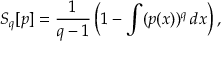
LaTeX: S _ { q } [ p ] = { \frac { 1 } { q - 1 } } \left( 1 - \int ( p ( x ) ) ^ { q } \, d x \right) ,